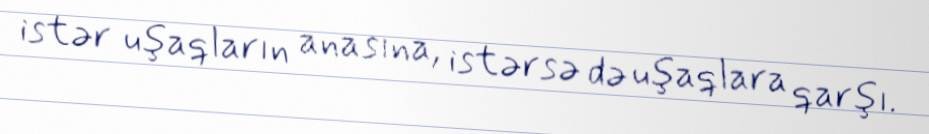
istər uşaqların anasına, istərsə də uşaqlara qarşı.